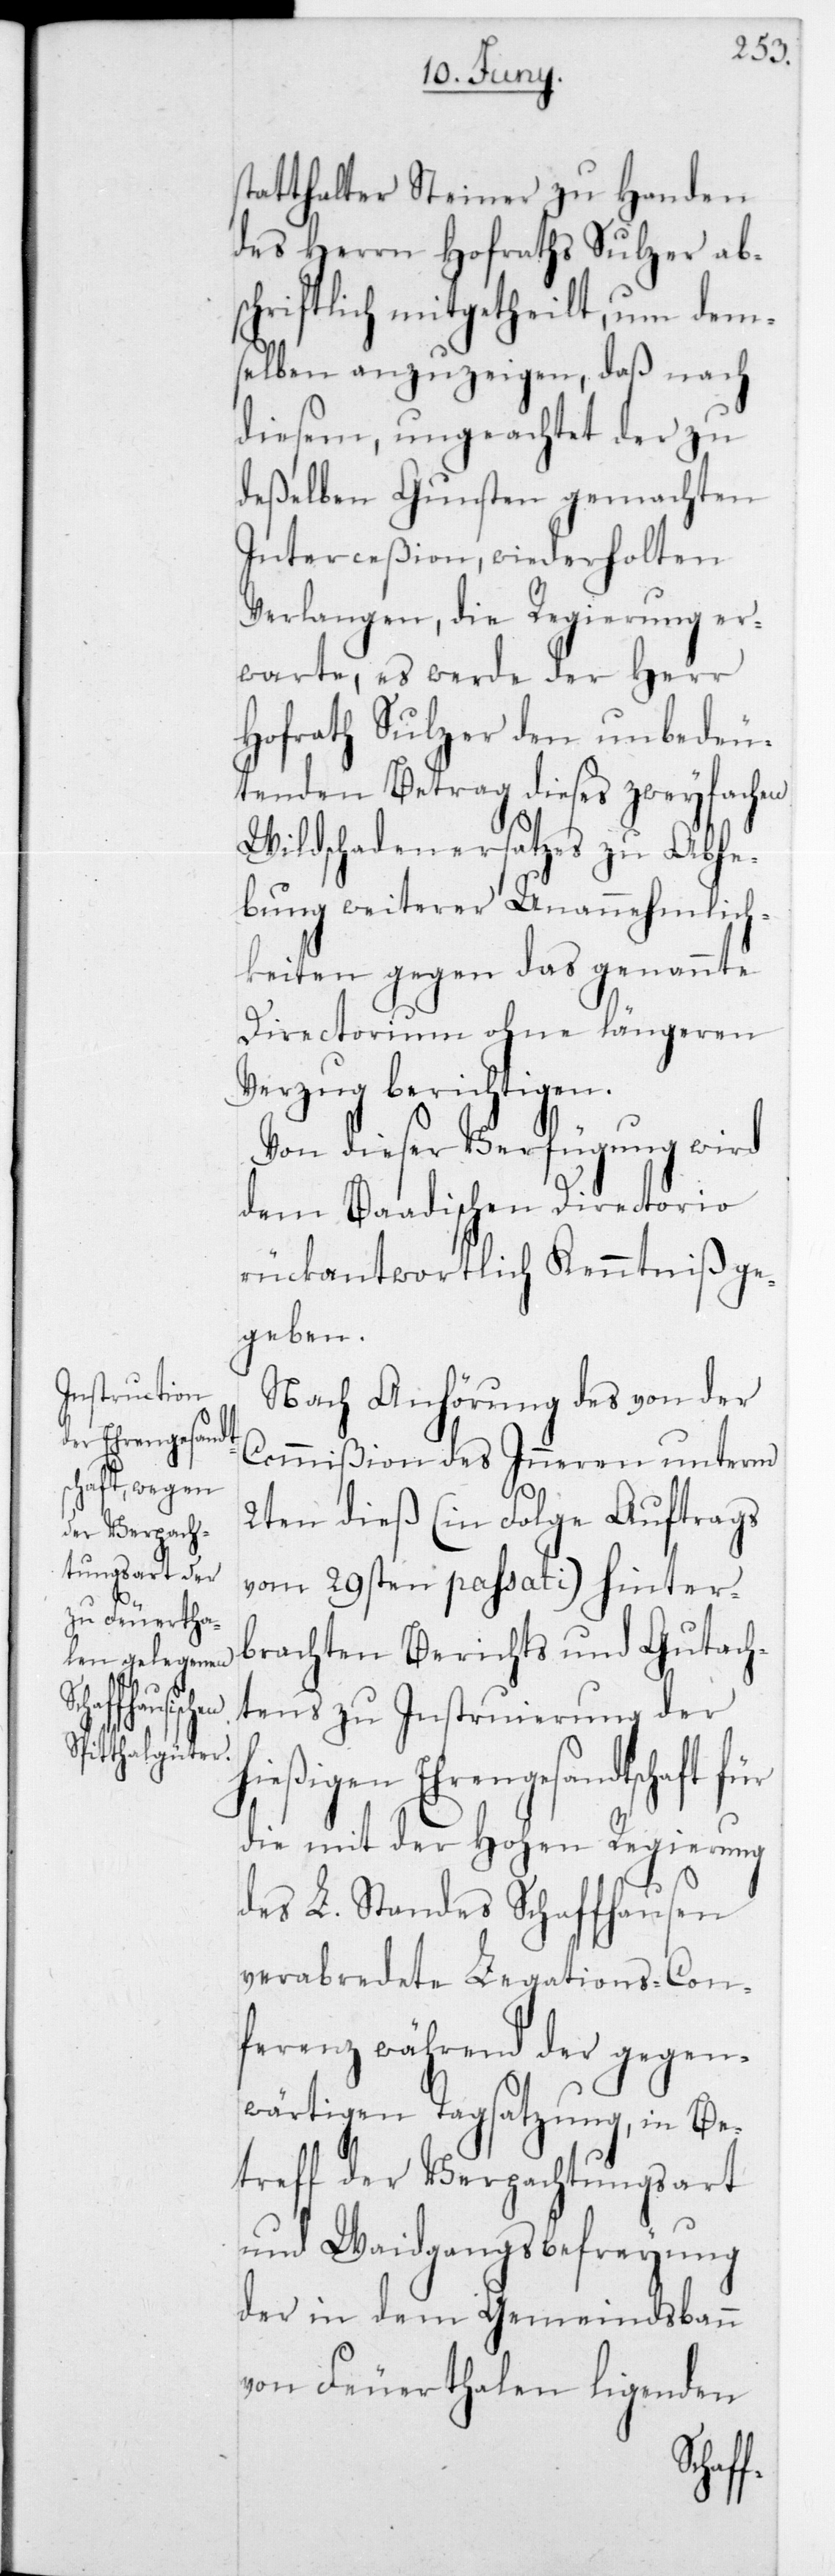
statthalter Steiner zu Handen
des Herrn Hofraths Sulzer ab¬
schriftlich mitgetheilt, um dem¬
selben anzuzeigen, daß nach
diesem, ungeachtet der zu
deßelben Gunsten gemachten
Interceßion, wiederholten
Verlangen, die Regierung er¬
warte, es werde der Herr
Hofrath Sulzer den unbedeu¬
tenden Betrag dieses zweyfachen
Wildschadenersatzes zu Abhe¬
bung weiterer Unannehmlich¬
keiten gegen das genannte
Directorium ohne längeren
Verzug berichtigen.
Von dieser Verfügung wird
dem Baadischen Directorio
rückantwortliche Kenntniß ge¬
geben.
Nach Anhörung des von der
Commißion des Inneren unterm
2ten dieß (in Folge Auftrags
vom 29sten passati) hinter¬
brachten Berichts und Gutach¬
tens zu Instruierung der
hießigen Ehrengesandtschaft
die mit der Hohen Regierung
des L. Standes Schaffhausen
verabredete Legations-Con¬
ferenz während der gegen¬
wärtigen Tagsatzung, in Be¬
treff der Verpachtungsart
und Weidgangsbefreyung
der in dem Gemeindsbann
von Feuerthalen liegenden